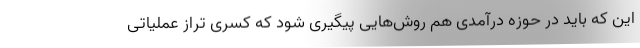
این که باید در حوزه درآمدی هم روش‌هایی پیگیری شود که کسری تراز عملیاتی